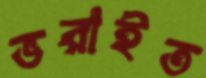
ভরাইত